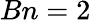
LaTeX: Bn=2